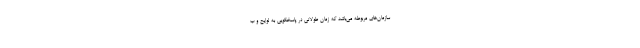
سازمان‌های مربوطه می‌باشد که زمان طولانی در پاسخگویی به لوایح و ب